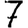
Digit: 7